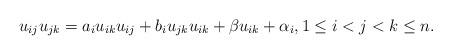
LaTeX: \begin{gather*}u_{ij} u_{jk} =a_i u_{ik} u_{ij} + b_i u_{jk} u_{ik} + \beta u_{ik} +\alpha_i, 1 \le i < j < k \le n.\end{gather*}